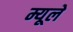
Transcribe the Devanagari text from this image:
म्यूले